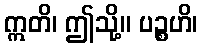
ဣတိ၊ ဤသို့။ ပဉ္စဟိ၊